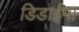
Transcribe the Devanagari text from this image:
डिडाईमा